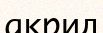
акрид